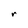
Character: r